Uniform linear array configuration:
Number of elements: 16
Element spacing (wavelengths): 0.75
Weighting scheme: blackman
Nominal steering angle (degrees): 30
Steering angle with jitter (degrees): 29.508
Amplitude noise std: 0.05
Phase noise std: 0.05

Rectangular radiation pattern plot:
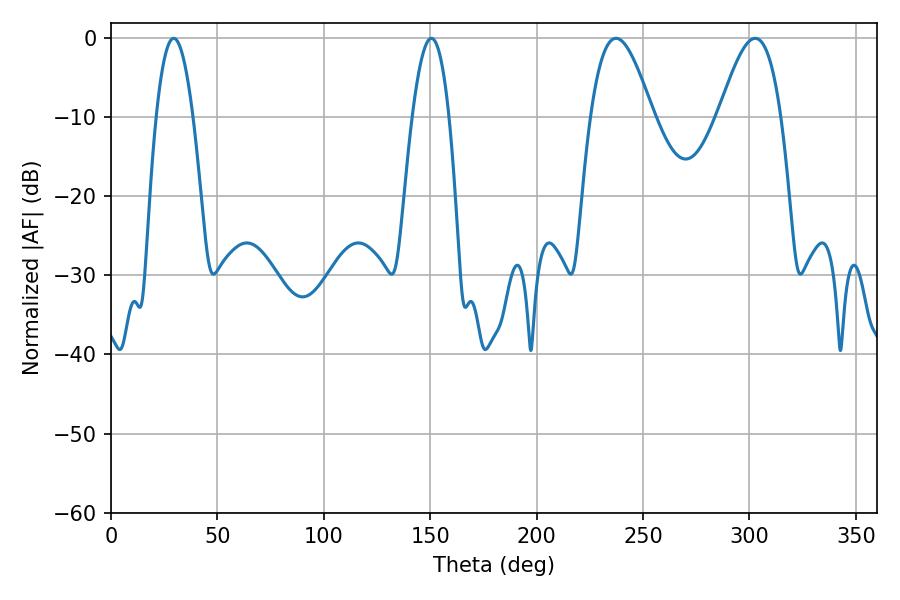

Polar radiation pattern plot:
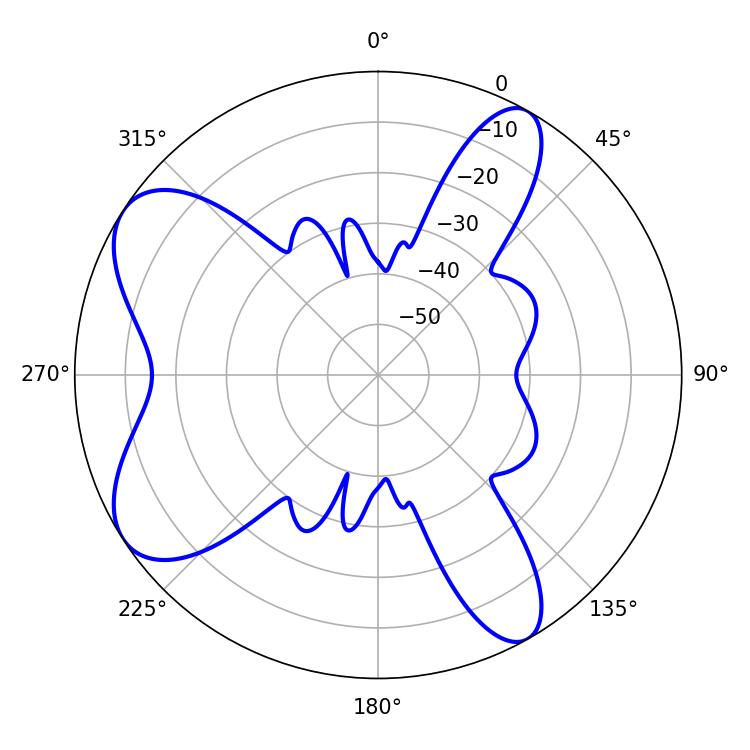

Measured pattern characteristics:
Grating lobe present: TRUE
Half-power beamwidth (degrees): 15.84
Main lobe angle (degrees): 237.24